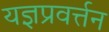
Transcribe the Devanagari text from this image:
यज्ञप्रवर्त्तन